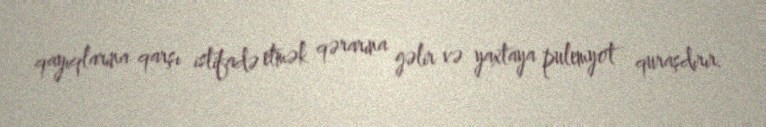
qayıqlarına qarşı istifadə etmək qərarına gəlir və yaxtaya pulemyot quraşdırır.